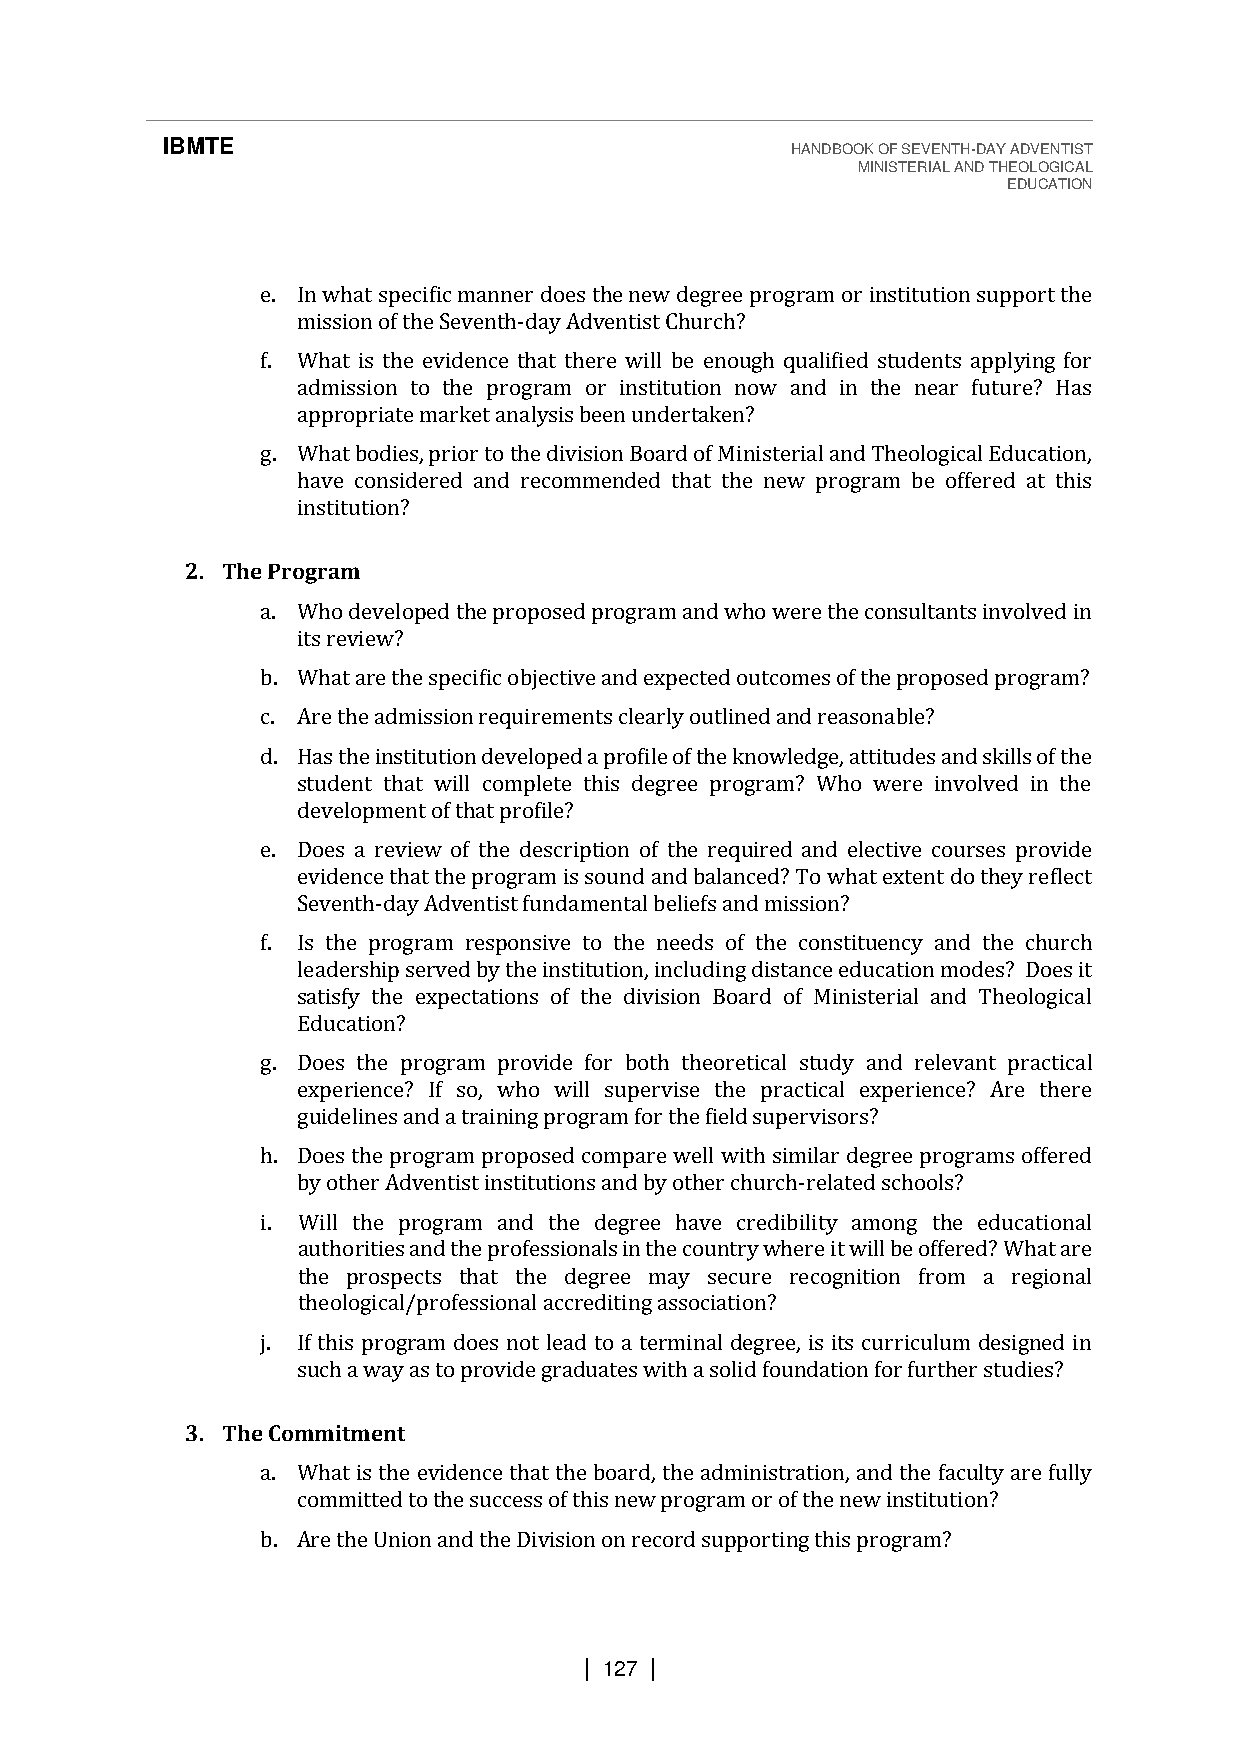
IBMTE                                    HANDBOOK OF SEVENTH-DAY ADVENTIST
 MINISTERIAL AND THEOLOGICAL
 EDUCATION
 e. In what specific manner does the new degree program or institution support the
 mission of the Seventh-day Adventist Church?
 f. What is the evidence that there will be enough qualified students applying for
 admission to the program or institution now and in the near future? Has
 appropriate market analysis been undertaken?
 g. What bodies, prior to the division Board of Ministerial and Theological Education,
 have considered and recommended that the new program be offered at this
 institution?
 2. The Program
 a. Who developed the proposed program and who were the consultants involved in
 its review?
 b. What are the specific objective and expected outcomes of the proposed program?
 c. Are the admission requirements clearly outlined and reasonable?
 d. Has the institution developed a profile of the knowledge, attitudes and skills of the
 student that will complete this degree program? Who were involved in the
 development of that profile?
 e. Does a review of the description of the required and elective courses provide
 evidence that the program is sound and balanced? To what extent do they reflect
 Seventh-day Adventist fundamental beliefs and mission?
 f. Is the program responsive to the needs of the constituency and the church
 leadership served by the institution, including distance education modes? Does it
 satisfy the expectations of the division Board of Ministerial and Theological
 Education?
 g. Does the program provide for both theoretical study and relevant practical
 experience? If so, who will supervise the practical experience? Are there
 guidelines and a training program for the field supervisors?
 h. Does the program proposed compare well with similar degree programs offered
 by other Adventist institutions and by other church-related schools?
 i. Will the program and the degree have credibility among the educational
 authorities and the professionals in the country where it will be offered? What are
 the prospects that the degree may secure recognition from a regional
 theological/professional accrediting association?
 j. If this program does not lead to a terminal degree, is its curriculum designed in
 such a way as to provide graduates with a solid foundation for further studies?
 3. The Commitment
 a. What is the evidence that the board, the administration, and the faculty are fully
 committed to the success of this new program or of the new institution?
 b. Are the Union and the Division on record supporting this program?
 | 127 |